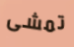
تمشى